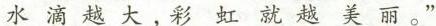
水滴越大，彩虹就越美丽。”